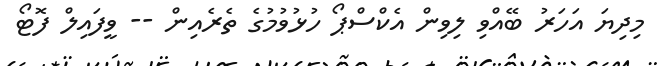
މިދިޔަ އަހަރު ބޭއްވި ލިވިން އެކްސްޕޯ ހުޅުވުމުގެ ތެރެއިން -- ވީފައިލް ފޮޓޯ